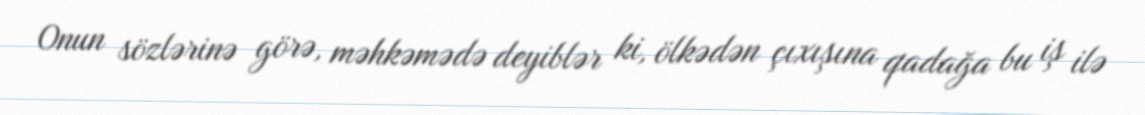
Onun sözlərinə görə, məhkəmədə deyiblər ki, ölkədən çıxışına qadağa bu iş ilə